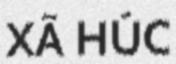
XÃ HÚC